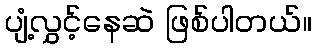
ပျံ့လွှင့်နေဆဲ ဖြစ်ပါတယ်။